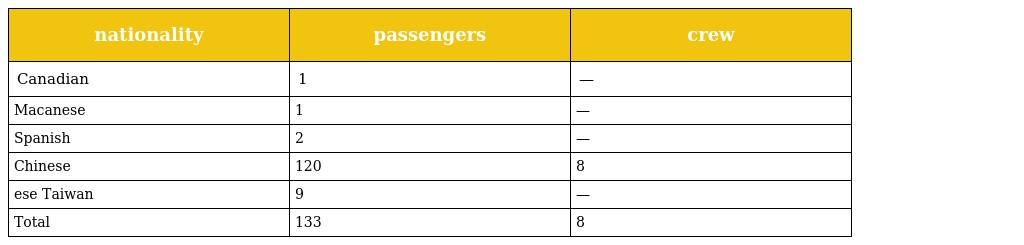
| nationality | passengers | crew |
 | --- | --- | --- |
 | Canadian | 1 | — |
 | Macanese | 1 | — |
 | Spanish | 2 | — |
 | Chinese | 120 | 8 |
 | ese Taiwan | 9 | — |
 | Total | 133 | 8 |